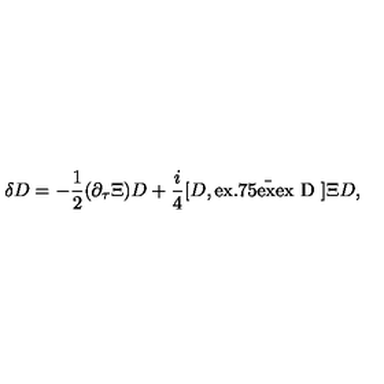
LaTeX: { \delta } D = - { \frac { 1 } { 2 } } ( \partial _ { \tau } \Xi ) D + { \frac { i } { 4 } } [ D , \bar { \mathrm { \raisebox { 0 e x } [ 1 . 7 5 e x ] [ 0 e x ] { D } } } ] { \Xi } D ,